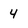
Character: 4